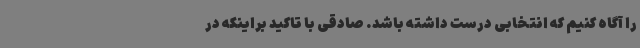
را آگاه کنیم که انتخابی درست داشته باشد. صادقی با تاکید براینکه در